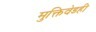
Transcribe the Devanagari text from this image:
मुक्तिवेडही